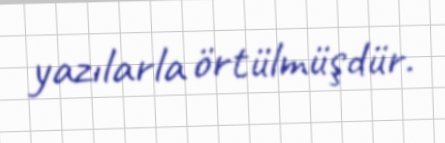
yazılarla örtülmüşdür.